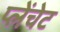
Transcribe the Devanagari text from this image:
प्लेंचेट